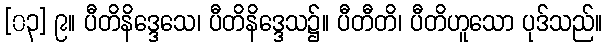
[၀၃] ၉။ ပီတိနိဒ္ဒေသေ၊ ပီတိနိဒ္ဒေသ၌။ ပီတီတိ၊ ပီတိဟူသော ပုဒ်သည်။